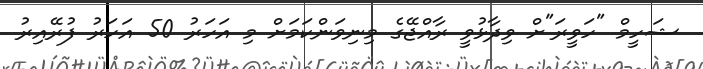
ޝަހީމް "ހަވީރަ"ށް ވިދާޅުވީ ރާއްޖޭގެ މިނިވަންކަމަށް މި އަހަރު 50 އަހަރު ފުރޭއިރު